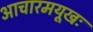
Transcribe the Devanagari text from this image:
आचारमयूखः